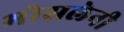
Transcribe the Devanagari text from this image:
भोसलेनी